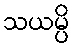
သယမ္ပိ